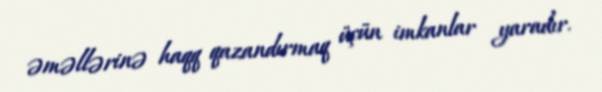
əməllərinə haqq qazandırmaq üçün imkanlar yaradır.